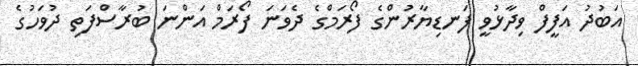
އަބުދު އަފީފް ވިދާޅުވީ ފަނޑިޔާރުންގެ ފޯރަމްގެ ދެވަނަ ފޯރަމް އަންނަ ބުރާސްފަތި ދުވަހުގެ